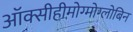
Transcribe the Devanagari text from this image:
ऑक्सीहीमोग्मोग्लोबिन